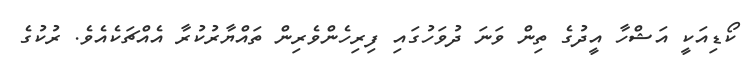
ކޯޑިއަކީ އަޝްހާ އީދުގެ ތިން ވަނަ ދުވަހުގައި ފިރިހެންވެރިން ތައްޔާރުކުރާ އެއްޗަކެއެވެ. ރުކުގެ